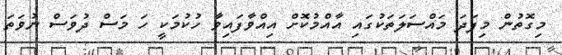
މިގޮތުން މިފަދަ މައްސަލަތަކުގައި އާއްމުކޮށް އިއްވާފައިވާ ހުކުމަކީ ހަ މަސް ދުވަސް ނުވަތަ